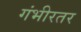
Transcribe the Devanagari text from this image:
गंभीरतर